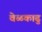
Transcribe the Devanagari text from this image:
वेळकाढु